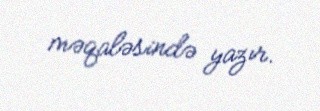
məqaləsində yazır.